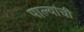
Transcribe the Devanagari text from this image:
पाल्यांची